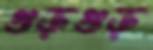
গুড়গুড়